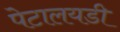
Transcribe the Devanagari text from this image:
पेटालयडी